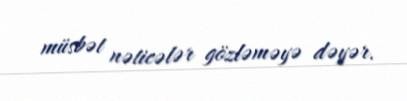
müsbət nəticələr gözləməyə dəyər.